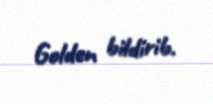
Golden bildirib.